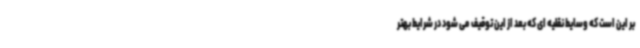
بر این است که وسایط نقلیه ای که بعد از این توقیف می شود در شرایط بهتر